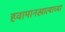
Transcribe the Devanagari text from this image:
हवामानखात्याच्या